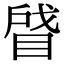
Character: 䁉